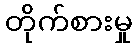
တိုက်စားမှု